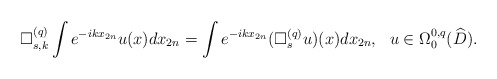
\begin{align*} \Box^{(q)}_{s,k}\int e^{-ikx_{2n}}u(x)dx_{2n}=\int e^{-ikx_{2n}}(\Box^{(q)}_su)(x)dx_{2n},\ \ u\in\Omega^{0,q}_0(\widehat D).\end{align*}